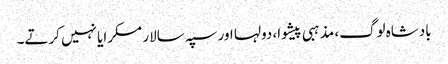
بادشاہ لوگ، مذہبی پیشوا، دولہا اور سپہ سالار مسکرایا نہیں کرتے۔